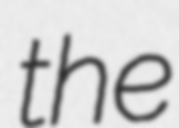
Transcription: the